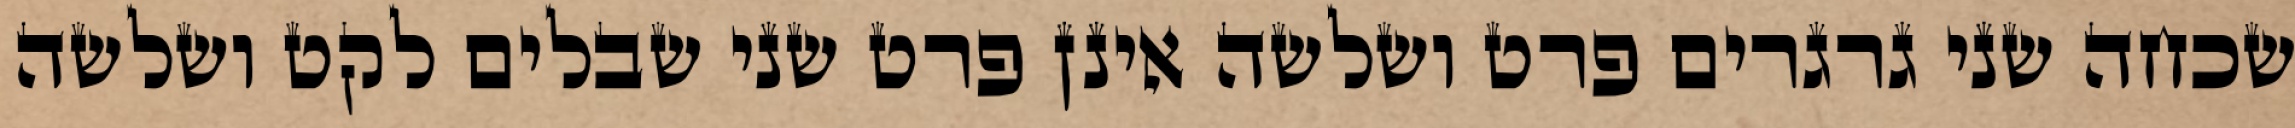
שכחה שני גרגרים פרט ושלשה אינן פרט שני שבלים לקט ושלשה